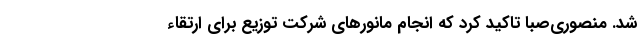
شد. منصوری‌صبا تاکید کرد که انجام مانورهای شرکت توزیع برای ارتقاء